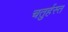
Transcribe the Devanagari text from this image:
चतुर्हस्त